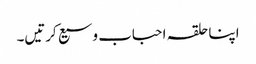
اپنا حلقہ احباب وسیع کرتیں۔